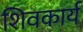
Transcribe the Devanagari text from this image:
शिवकार्य